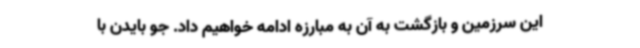
این سرزمین و بازگشت به آن به مبارزه ادامه خواهیم داد. جو بایدن با